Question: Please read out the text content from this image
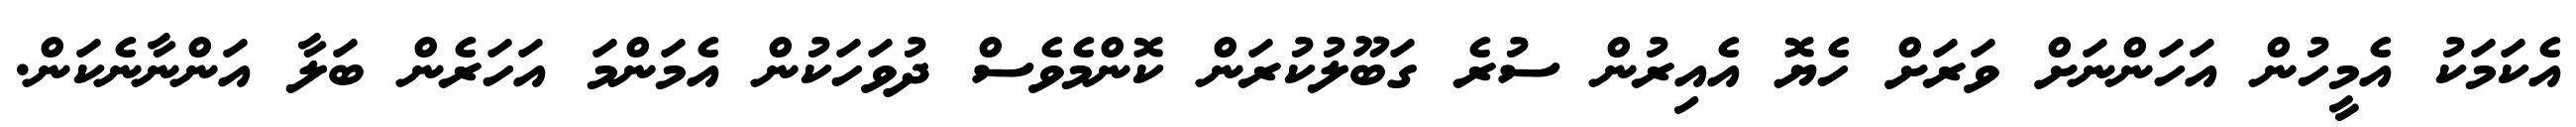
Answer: އެކަމަކު އެމީހުން އަހަންނަށް ވަރަށް ހެޔޮ އެއިރުން ސުރެ ގަބޫލުކުރަން ކޮންމެވެސް ދުވަހަކުން އެމަންމަ އަހަރެން ބަލާ އަންނާނެކަން.